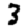
Digit: 3